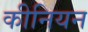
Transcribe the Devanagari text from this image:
कीनियन